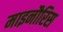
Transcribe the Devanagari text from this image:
माइनौरिस